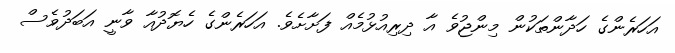
އަހަރެންގެ ހަދާންތަކުން މިންޖުވެ އާ ދިރިއުޅުމެއް ފަށާށެވެ. އަހަރެންގެ ހެޔޮދުއާ ވާނީ އަބަދުވެސް